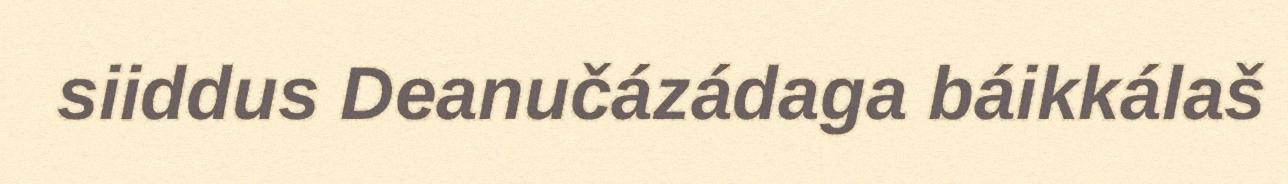
siiddus Deanučázádaga báikkálaš